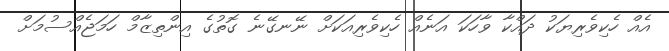
އެއް ހެކިވެރިޔަކު ދައްކާ ވާހަކަ އަނެއް ހެކިވެރިއަކަށް ނޭނގޭނެ ގޮތުގެ އިންތިޒާމް ހަމަޖެއްސުމަށް